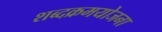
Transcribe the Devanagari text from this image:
शब्दक्रमयोजना